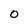
Character: O